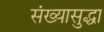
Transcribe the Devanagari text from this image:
संख्यासुद्धा